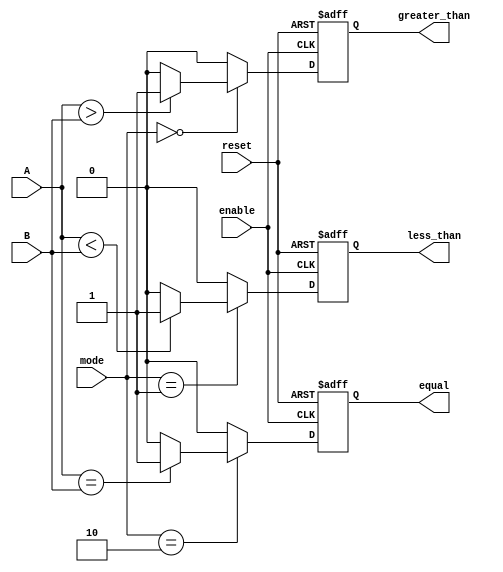
module ParameterizedComparator #(
    parameter N = 8 // Default width is 8 bits
) (
    input wire [N-1:0] A,        // Input vector A
    input wire [N-1:0] B,        // Input vector B
    input wire [1:0] mode,       // Comparison mode: 00 = A > B, 01 = A < B, 10 = A == B
    input wire reset,            // Asynchronous reset
    input wire enable,           // Enable signal
    output reg greater_than,     // Output flag for A > B
    output reg less_than,        // Output flag for A < B
    output reg equal             // Output flag for A == B
);

    // Asynchronous reset and enable logic
    always @(posedge enable or posedge reset) begin
        if (reset) begin
            greater_than <= 0;
            less_than <= 0;
            equal <= 0;
        end else begin
            // Reset output flags
            greater_than <= 0;
            less_than <= 0;
            equal <= 0;

            // Comparison logic based on mode
            case (mode)
                2'b00: begin // A > B
                    if (A > B) begin
                        greater_than <= 1;
                    end
                end
                2'b01: begin // A < B
                    if (A < B) begin
                        less_than <= 1;
                    end
                end
                2'b10: begin // A == B
                    if (A == B) begin
                        equal <= 1;
                    end
                end
                default: begin
                    // Handle invalid mode if necessary
                    greater_than <= 0;
                    less_than <= 0;
                    equal <= 0;
                end
            endcase
        end
    end

endmodule